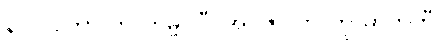
နာဂလတာ တု တမ္ဗူလီ၊ အဂ္ဂိဇာလာ တု ဓာတကီ။